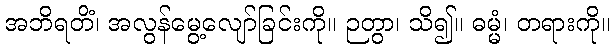
အဘိရတိံ၊ အလွန်မွေ့လျော်ခြင်းကို။ ဉတွာ၊ သိ၍။ ဓမ္မံ၊ တရားကို။